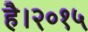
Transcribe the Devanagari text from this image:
है।२०१५